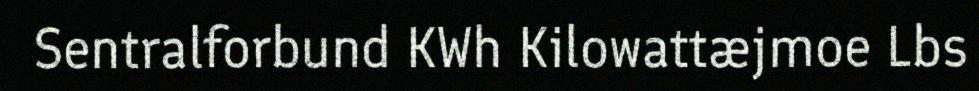
Sentralforbund KWh Kilowattæjmoe Lbs